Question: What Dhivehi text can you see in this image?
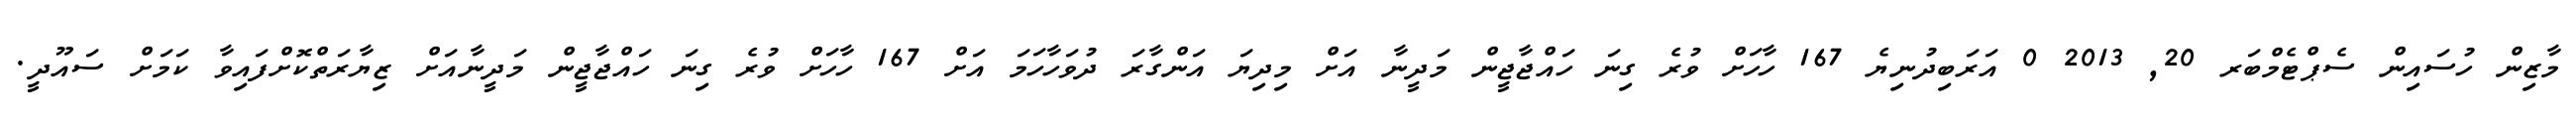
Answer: މާޒިން ހުސައިން ސެޕްޓެމްބަރ 20, 2013 0 އަރަބިދުނިޔެ 167 ހާހަށް ވުރެ ގިނަ ހައްޖާޖީން މަދީނާ އަށް މިދިޔަ އަންގާރަ ދުވަހާހަމަ އަށް 167 ހާހަށް ވުރެ ގިނަ ހައްޖާޖީން މަދީނާއަށް ޒިޔާރަތްކޮށްފައިވާ ކަމަށް ސައޫދީ.